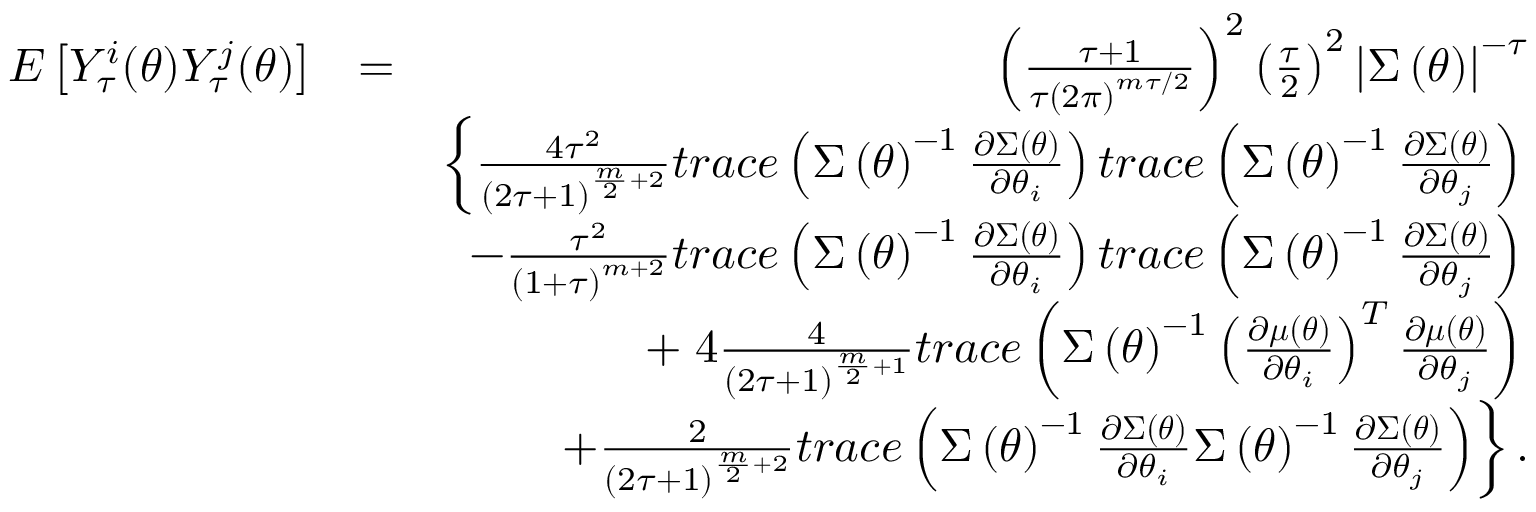
\begin{array} { r l r } { E \left[ Y _ { \tau } ^ { i } ( \boldsymbol { \theta } ) Y _ { \tau } ^ { j } ( \boldsymbol { \theta } ) \right] } & { = } & { \left( \frac { \tau + 1 } { \tau \left( 2 \pi \right) ^ { m \tau / 2 } } \right) ^ { 2 } \left( \frac { \tau } { 2 } \right) ^ { 2 } \left\vert \boldsymbol { \Sigma } \left( \boldsymbol { \theta } \right) \right\vert ^ { - \tau } } \\ & { } & { \left\{ \frac { 4 \tau ^ { 2 } } { \left( 2 \tau + 1 \right) ^ { \frac { m } { 2 } + 2 } } t r a c e \left( \boldsymbol { \Sigma } \left( \boldsymbol { \theta } \right) ^ { - 1 } \frac { \partial \boldsymbol { \Sigma } \left( \boldsymbol { \theta } \right) } { \partial \theta _ { i } } \right) t r a c e \left( \boldsymbol { \Sigma } \left( \boldsymbol { \theta } \right) ^ { - 1 } \frac { \partial \boldsymbol { \Sigma } \left( \boldsymbol { \theta } \right) } { \partial \theta _ { j } } \right) \right. } \\ & { } & { \left. - \frac { \tau ^ { 2 } } { \left( 1 + \tau \right) ^ { m + 2 } } t r a c e \left( \boldsymbol { \Sigma } \left( \boldsymbol { \theta } \right) ^ { - 1 } \frac { \partial \boldsymbol { \Sigma } \left( \boldsymbol { \theta } \right) } { \partial \theta _ { i } } \right) t r a c e \left( \boldsymbol { \Sigma } \left( \boldsymbol { \theta } \right) ^ { - 1 } \frac { \partial \boldsymbol { \Sigma } \left( \boldsymbol { \theta } \right) } { \partial \theta _ { j } } \right) \right. } \\ & { } & { + \left. 4 \frac { 4 } { \left( 2 \tau + 1 \right) ^ { \frac { m } { 2 } + 1 } } t r a c e \left( \boldsymbol { \Sigma } \left( \boldsymbol { \theta } \right) ^ { - 1 } \left( \frac { \partial \boldsymbol { \mu } \left( \boldsymbol { \theta } \right) } { \partial \theta _ { i } } \right) ^ { T } \frac { \partial \boldsymbol { \mu } \left( \boldsymbol { \theta } \right) } { \partial \theta _ { j } } \right) \right. } \\ & { } & { \left. + \frac { 2 } { \left( 2 \tau + 1 \right) ^ { \frac { m } { 2 } + 2 } } t r a c e \left( \boldsymbol { \Sigma } \left( \boldsymbol { \theta } \right) ^ { - 1 } \frac { \partial \boldsymbol { \Sigma } \left( \boldsymbol { \theta } \right) } { \partial \theta _ { i } } \boldsymbol { \Sigma } \left( \boldsymbol { \theta } \right) ^ { - 1 } \frac { \partial \boldsymbol { \Sigma } \left( \boldsymbol { \theta } \right) } { \partial \theta _ { j } } \right) \right\} . } \end{array}